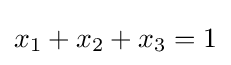
x_{1}+x_{2}+x_{3}=1